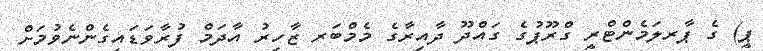
ޕީ) ގެ ޕާރލަމެންޓްރީ ގްރޫޕުގެ ގައްދޫ ދާއިރާގެ މެމްބަރ ޒާހިރު އާދަމް ފުރާވަޑައިގެންނެވުމަށް